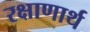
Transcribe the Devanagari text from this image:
रक्षाणार्थ